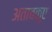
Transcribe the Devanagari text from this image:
अताबकुए